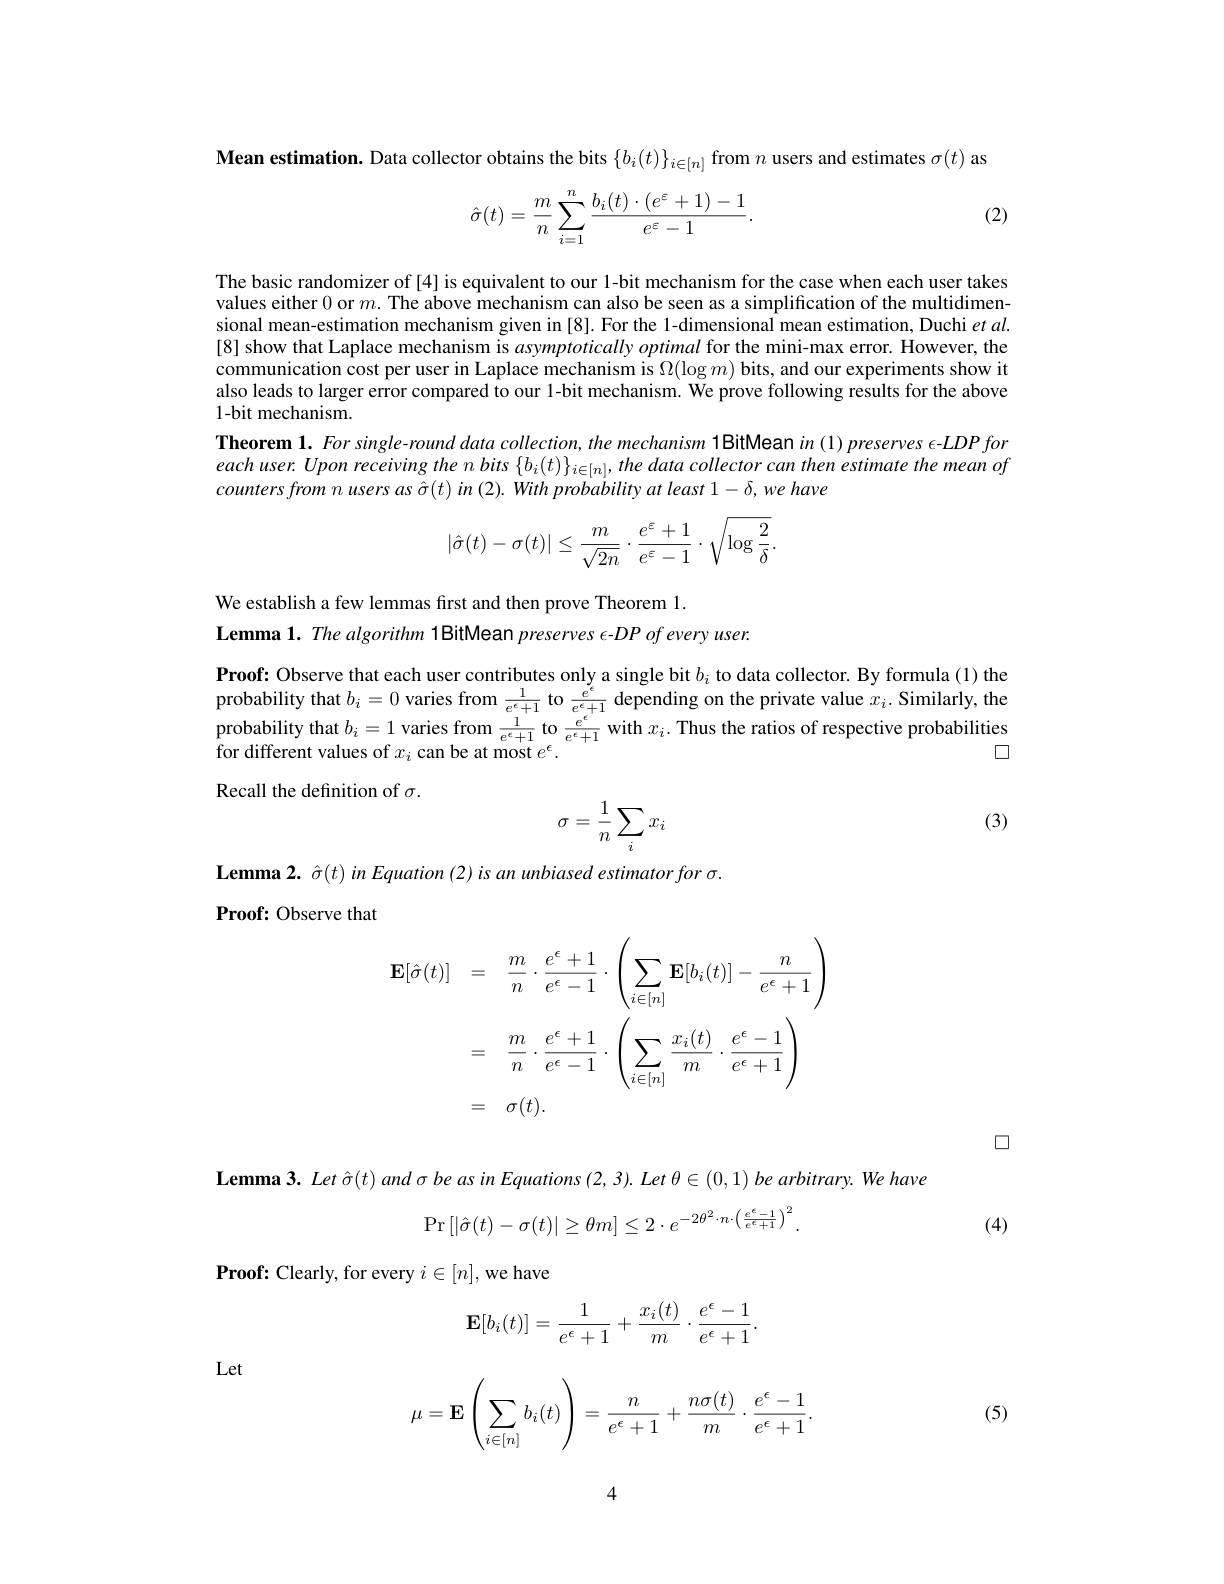
Mean estimation. Data collector obtains the bits $\{b_i(t)\}_{i\in[n]}$ from $n$ users and estimates $\sigma(t)$ as

(2)
$$\hat{\sigma}(t)=\frac{m}{n}\sum_{i=1}^{n}\frac{b_i(t)\cdot(e^{\varepsilon}+1)-1}{e^{\varepsilon}-1}.$$
The basic randomizer of [4] is equivalent to our l-bit mechanism for the case when each user takes values either 0 or $m.$ The above mechanism can also be seen as a simplification of the multidimensional mean-estimation mechanism given in [8]. For the 1-dimensional mean estimation, Duchi $et$ al. [8] show that Laplace mechanism is asymptoticallyoptimal for the mini-max error. However, the communication cost per user in Laplace mechanism is $\Omega(\log m)$ bits, and our experiments show it also leads to larger error compared to our l-bit mechanism. We prove following results for the above 1-bit mechanism.
Theorem 1. For single-round data collection, the mechanism 1BitMean in (1) preserves $\epsilon$-LDP for each user. Upon receiving the $n$ bits $\{b_i(t)\}_{i\in[n]},the$ data collector can then estimate the mean of
$$\begin{aligned}|\hat{\sigma}(t)-\sigma(t)|\leq\frac{m}{\sqrt{2n}}\cdot\frac{e^{\varepsilon}+1}{e^{\varepsilon}-1}\cdot\sqrt{\log\frac{2}{\delta}}.\end{aligned}$$
We establish a few lemmas first and then prove Theorem 1.
Lemma 1. The algorithm 1BitMean preserves $\epsilon - DP\textit{of every user. }$

Proof: Observe that each user contributes only a single bit $b_i$ to data collector. By formula (1) the probability that $b_i=0$ varies from $\frac1{e^\epsilon+1}$ to $\frac{e^\epsilon}{e^\epsilon+1}$ depending on the private value $x_i.$ Similarly, the probability that $b_i=1$ varies from $\frac1{e^\epsilon+1}$ to $\frac{e^{\epsilon}}{e^\epsilon+1}$ with $x_i.$ Thus the ratios of respective probabilities
□
for different values of $x_i$ can be at most $e^\epsilon.$
Recall the definition of $\sigma.$

(3)
$$\sigma=\dfrac{1}{n}\sum_ix_i$$
$\textbf{Lemma2.  }\hat{\sigma } ( t)$ in Equation (2) is an unbiased estimator for $\sigma$
Proof: Observe that
$$\begin{aligned}\mathbf{E}[\hat{\sigma}(t)]&=\quad\frac{m}{n}\cdot\frac{e^{\epsilon}+1}{e^{\epsilon}-1}\cdot\left(\sum_{i\in[n]}\mathbf{E}[b_{i}(t)]-\frac{n}{e^{\epsilon}+1}\right)\\&=\quad\frac{m}{n}\cdot\frac{e^{\epsilon}+1}{e^{\epsilon}-1}\cdot\left(\sum_{i\in[n]}\frac{x_{i}(t)}{m}\cdot\frac{e^{\epsilon}-1}{e^{\epsilon}+1}\right)\\&=\quad\sigma(t).\end{aligned}$$
口

$\textbf{Lemma3.  Let }\hat{\sigma } ( t)$ and $\sigma$ be as in Equations $( 2, 3) . \textit{Let }\theta \in ( 0, 1) \textit{be arbitrary. We have}$
$$\mathrm{Pr}\left[|\hat{\sigma}(t)-\sigma(t)|\geq\theta m\right]\leq2\cdot e^{-2\theta^{2}\cdot n\cdot\left(\frac{e^{\epsilon}-1}{e^{\epsilon}+1}\right)^{2}}.$$
(4)

$\textbf{Proof:  Clearly,  for every }i\in [ n] $,we have

Let
$$\mathbf{E}[b_i(t)]=\frac{1}{e^\epsilon+1}+\frac{x_i(t)}{m}\cdot\frac{e^\epsilon-1}{e^\epsilon+1}.$$
$$\mu=\mathbf{E}\left(\sum_{i\in[n]}b_i(t)\right)=\frac{n}{e^\epsilon+1}+\frac{n\sigma(t)}{m}\cdot\frac{e^\epsilon-1}{e^\epsilon+1}.$$
(5)

4